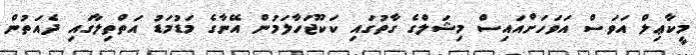
މީކާޢިލް އަވަސް އަވަހަށްއައިސް މިޝަލްގެ ގާތުގައި ކަކޫޖަހާލަމުން އޭނާގެ މަޑުމަޑު އަތްތިލާގައި ދެއަތުން